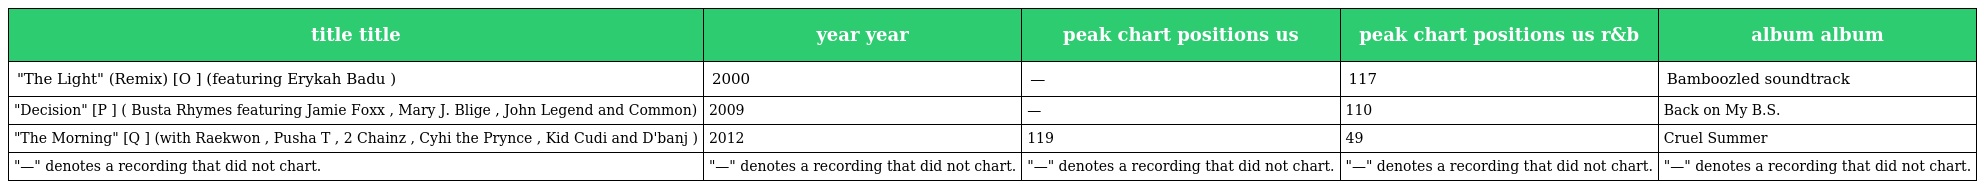
| title title | year year | peak chart positions us | peak chart positions us r&b | album album |
 | --- | --- | --- | --- | --- |
 | "The Light" (Remix) [O ] (featuring Erykah Badu ) | 2000 | — | 117 | Bamboozled soundtrack |
 | "Decision" [P ] ( Busta Rhymes featuring Jamie Foxx , Mary J. Blige , John Legend and Common) | 2009 | — | 110 | Back on My B.S. |
 | "The Morning" [Q ] (with Raekwon , Pusha T , 2 Chainz , Cyhi the Prynce , Kid Cudi and D'banj ) | 2012 | 119 | 49 | Cruel Summer |
 | "—" denotes a recording that did not chart. | "—" denotes a recording that did not chart. | "—" denotes a recording that did not chart. | "—" denotes a recording that did not chart. | "—" denotes a recording that did not chart. |